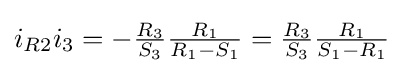
i_{R2}i_{3}=-{\tfrac {R_{3}}{S_{3}}}{\tfrac {R_{1}}{R_{1}-S_{1}}}={\tfrac {R_{3}}{S_{3}}}{\tfrac {R_{1}}{S_{1}-R_{1}}}